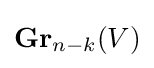
\mathbf {Gr} _{n-k}(V)